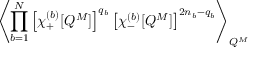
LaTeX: \left\langle \prod _ { b = 1 } ^ { N } \left[ \chi _ { + } ^ { ( b ) } [ Q ^ { M } ] \right] ^ { q _ { b } } \left[ \chi _ { - } ^ { ( b ) } [ Q ^ { M } ] \right] ^ { 2 n _ { b } - q _ { b } } \right\rangle _ { Q ^ { M } } \;